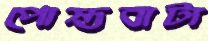
পোস্তবাটা